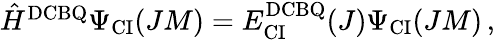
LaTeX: \begin{array}{r}{\hat{H}^{\mathrm{DCBQ}}\Psi_{\mathrm{CI}}(JM)=E_{\mathrm{CI}}^{\mathrm{DCBQ}}(J)\Psi_{\mathrm{CI}}(JM)\, ,}\end{array}